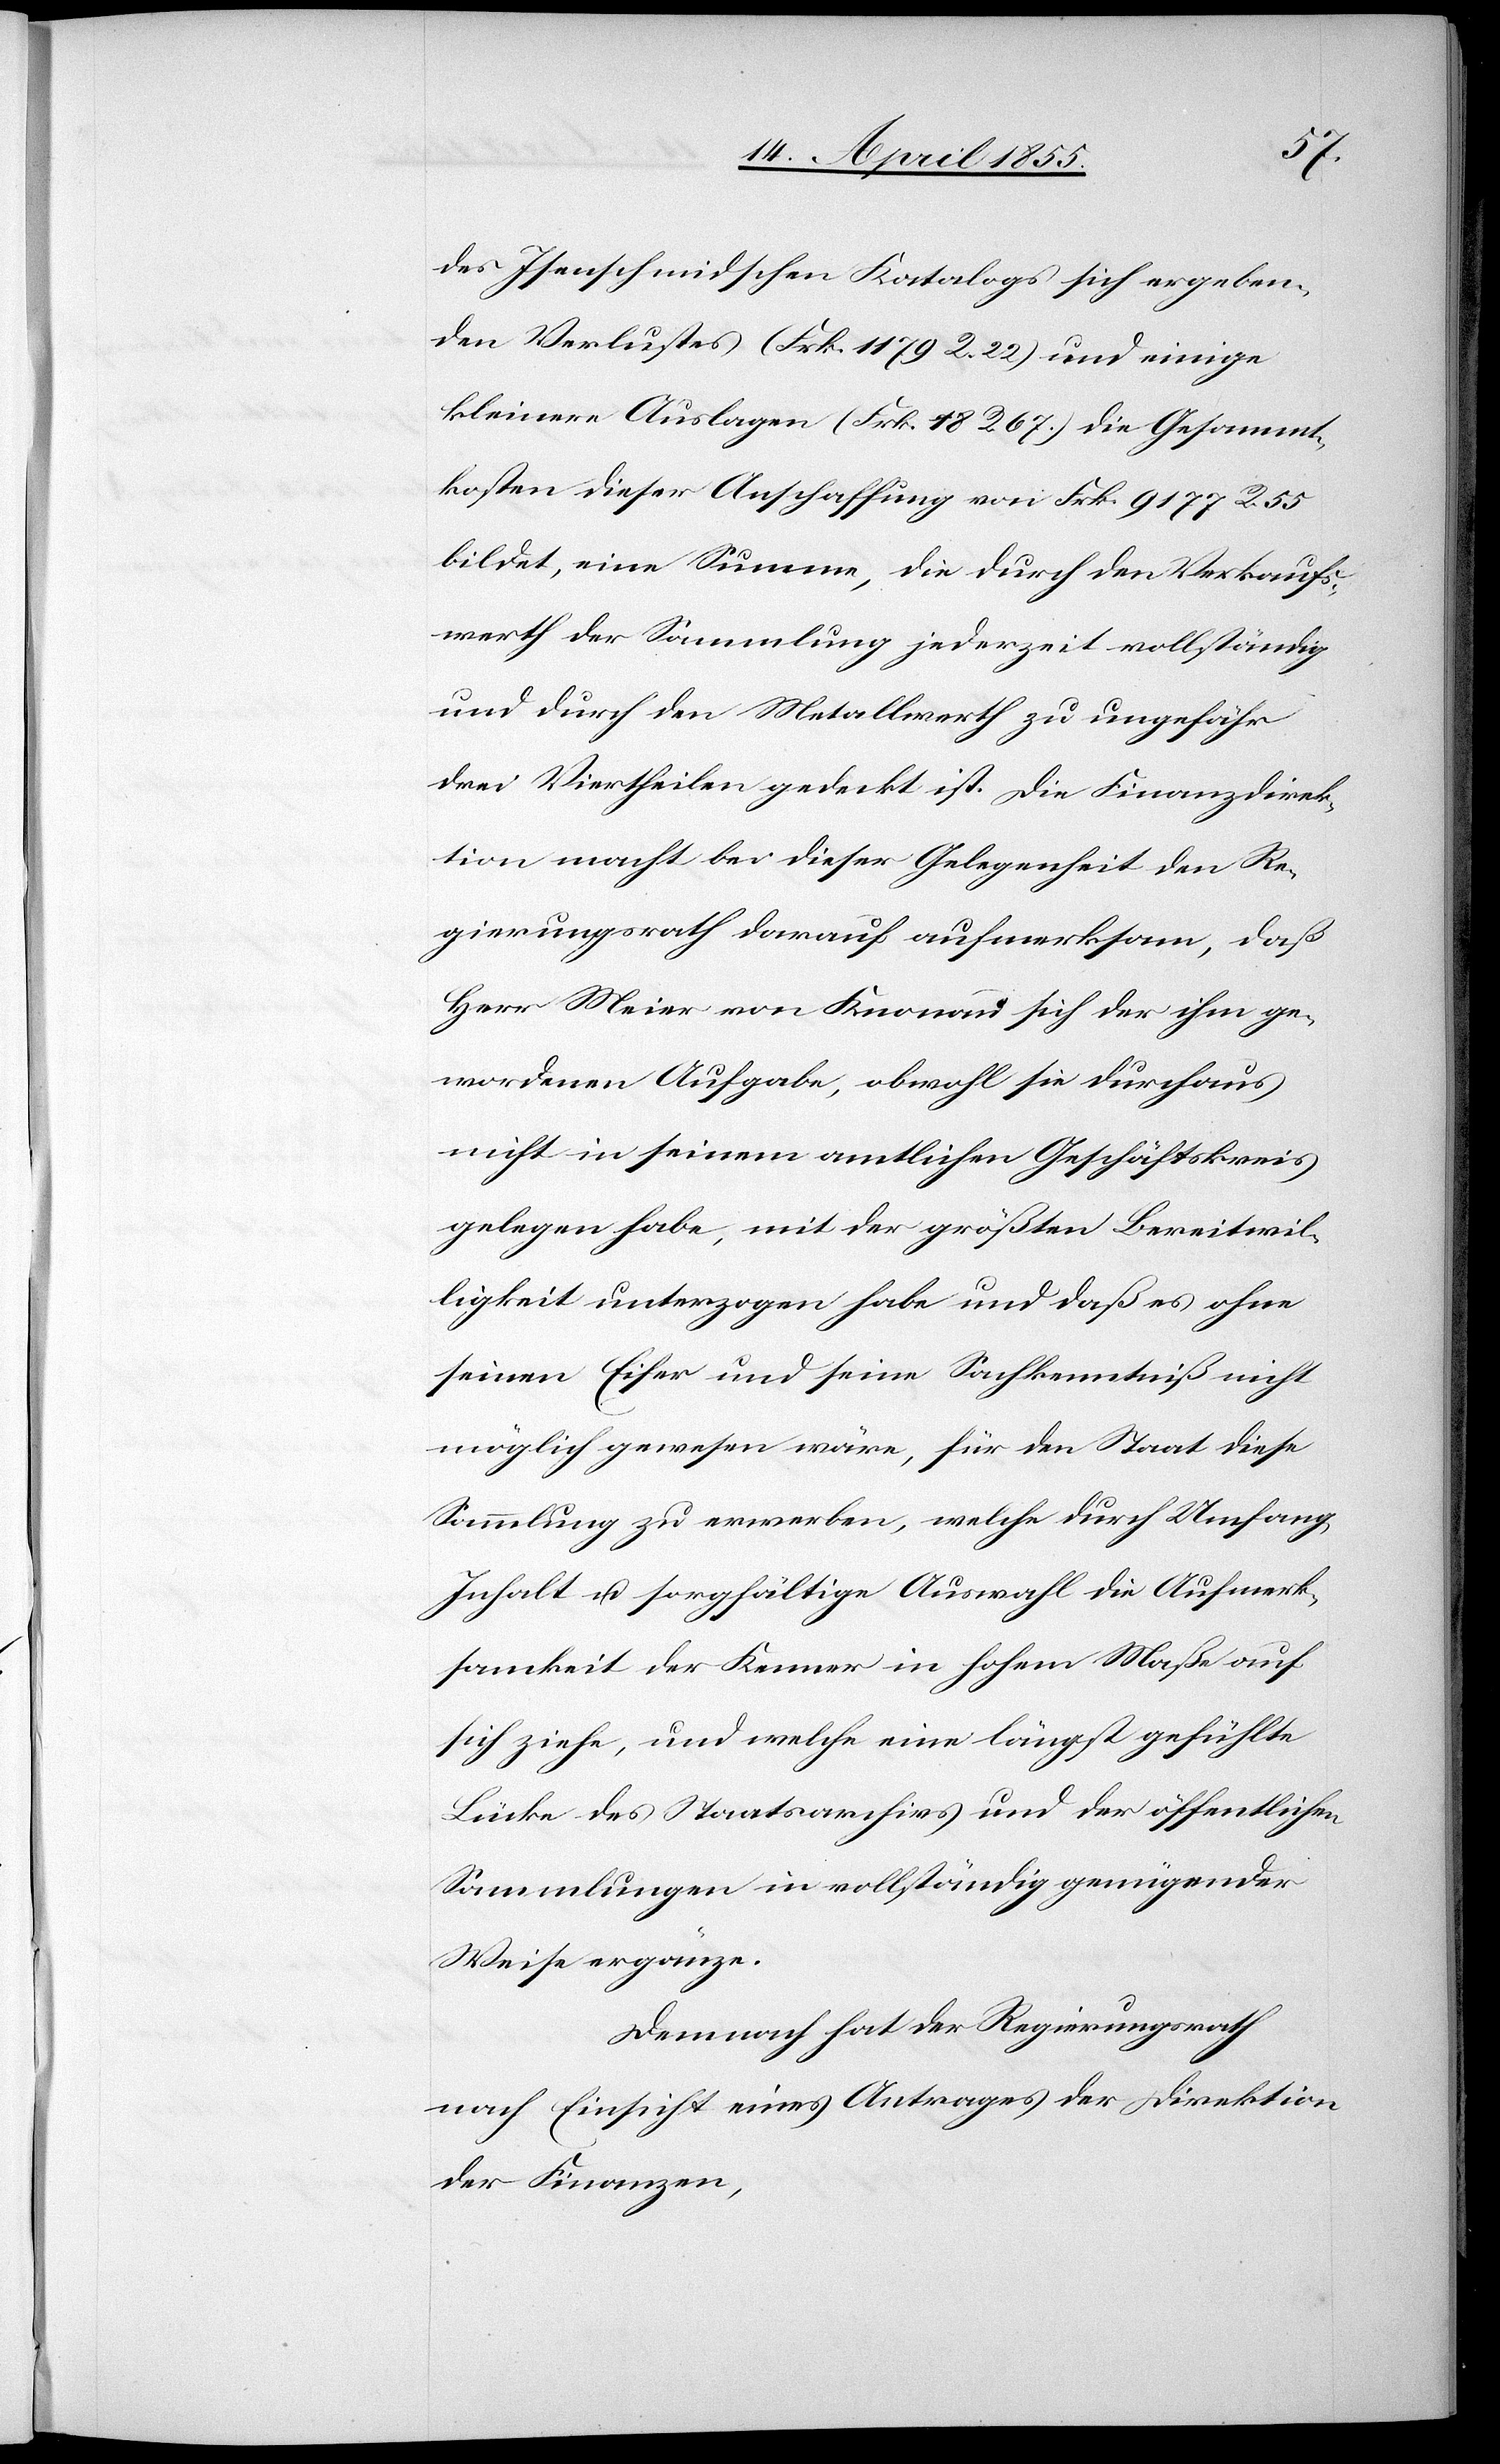
des Isenschmidschen Katalogs sich ergeben¬
den Verlustes (Frk. 1179 R. 22) und einige
kleinere Auslagen (Frk. 18 R. 67.) die Gesammt¬
kosten dieser Anschaffung von Frk. 9177 R. 55
bildet, eine Summe, die durch den Verkaufs¬
werth der Sammlung jederzeit vollständig
und durch den Metallwerth zu ungefähr
drei Viertheilen gedeckt ist. Die Finanzdirek¬
tion macht bei dieser Gelegenheit den Re¬
gierungsrath darauf aufmerksam, daß
Herr Meier von Knonau sich der ihm ge¬
wordenen Aufgabe, obwohl sie durchaus
nicht in seinem amtlichen Geschäftskreis
gelegen habe, mit der größten Bereitwil¬
ligkeit unterzogen habe und daß es ohne
seinen Eifer und seine Sachkenntniß nicht
möglich gewesen wäre, für den Staat diese
Sammlung zu erwerben, welche durch Umfang,
Inhalt u. sorgfältige Auswahl die Aufmerk¬
samkeit der Kenner in hohem Maße auf
sich ziehe, und welche eine längst gefühlte
Lücke des Staatsarchivs und der öffentlichen
Sammlungen in vollständig genügender
Weise ergänze.
Demnach hat der Regierungsrath
nach Einsicht eines Antrages der Direktion
der Finanzen,